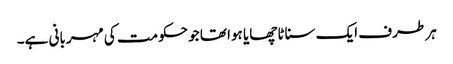
ہر طرف ایک سناٹا چھایا ہوا تھا جو حکومت کی مہربانی ہے۔